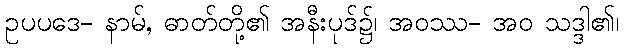
ဥပပဒေ- နာမ်, ဓာတ်တို့၏ အနီးပုဒ်၌၊ အဝဿ- အဝ သဒ္ဒါ၏၊